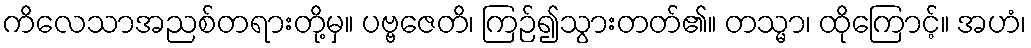
ကိလေသာအညစ်တရားတို့မှ။ ပဗ္ဗဇေတိ၊ ကြဉ်၍သွားတတ်၏။ တသ္မာ၊ ထိုကြောင့်။ အဟံ၊